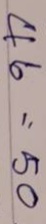
46 = 50